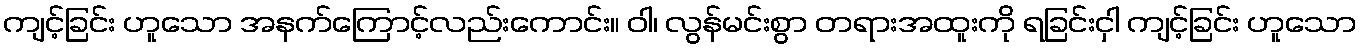
ကျင့်ခြင်း ဟူသော အနက်ကြောင့်လည်းကောင်း။ ဝါ၊ လွန်မင်းစွာ တရားအထူးကို ရခြင်းငှါ ကျင့်ခြင်း ဟူသော